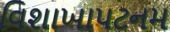
વિશાખાપટનમ